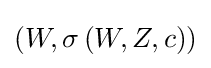
\left(W,\sigma \left(W,Z,c\right)\right)